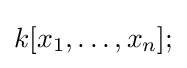
k[x_{1},\ldots ,x_{n}];